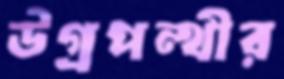
উগ্রপন্থীর